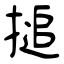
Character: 搥